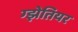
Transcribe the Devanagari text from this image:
ग्झेतियर